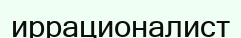
иррационалист